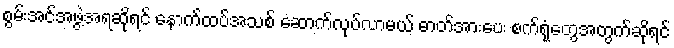
စွမ်းအင်အဖွဲ့အရဆိုရင် နောက်ထပ်အသစ် ဆောက်လုပ်လာမယ့် ဓာတ်အားပေး စက်ရုံတွေအတွက်ဆိုရင်